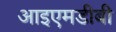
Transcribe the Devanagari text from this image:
आइएमडीबी